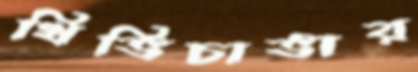
খিভিচাভার